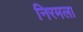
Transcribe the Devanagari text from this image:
निरमला